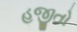
હજીતો